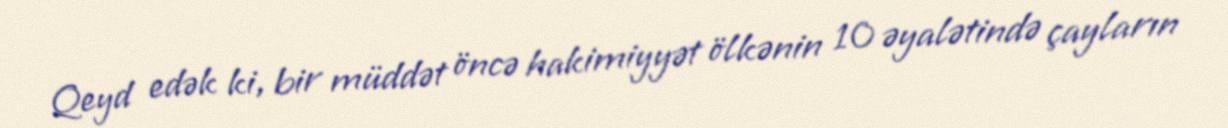
Qeyd edək ki, bir müddət öncə hakimiyyət ölkənin 10 əyalətində çayların